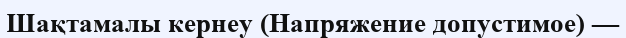
Шақтамалы кернеу (Напряжение допустимое) —